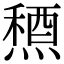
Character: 𥡤